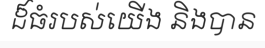
ដ៏ធំរបស់យើង និងបាន